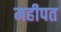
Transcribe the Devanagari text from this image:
महीपत